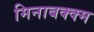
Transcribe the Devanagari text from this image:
मिनाबक्क्म